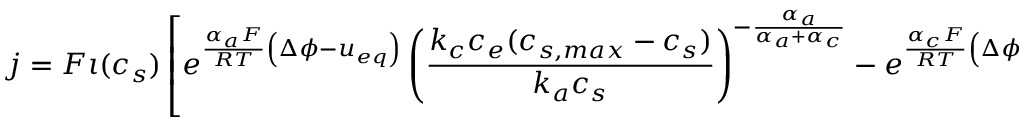
j = F \iota ( c _ { s } ) \left[ e ^ { \frac { \alpha _ { a } F } { R T } \left( \Delta \phi - u _ { e q } \right) } \left( \frac { k _ { c } c _ { e } ( c _ { s , m a x } - c _ { s } ) } { k _ { a } c _ { s } } \right) ^ { - \frac { \alpha _ { a } } { \alpha _ { a } + \alpha _ { c } } } - e ^ { \frac { \alpha _ { c } F } { R T } \left( \Delta \phi - u _ { e q } \right) } \left( \frac { k _ { c } c _ { e } ( c _ { s , m a x } - c _ { s } ) } { k _ { a } c _ { s } } \right) ^ { \frac { \alpha _ { c } } { \alpha _ { a } + \alpha _ { c } } } \right] ,